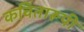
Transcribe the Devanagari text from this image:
कवितारूपी